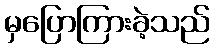
မှပြောကြားခဲ့သည်